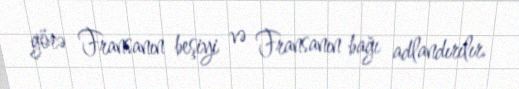
görə Fransanın beşiyi və Fransanın bağı adlandırılır.